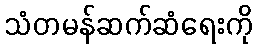
သံတမန်ဆက်ဆံရေးကို